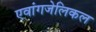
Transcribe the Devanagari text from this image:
एवांगजेलिकल